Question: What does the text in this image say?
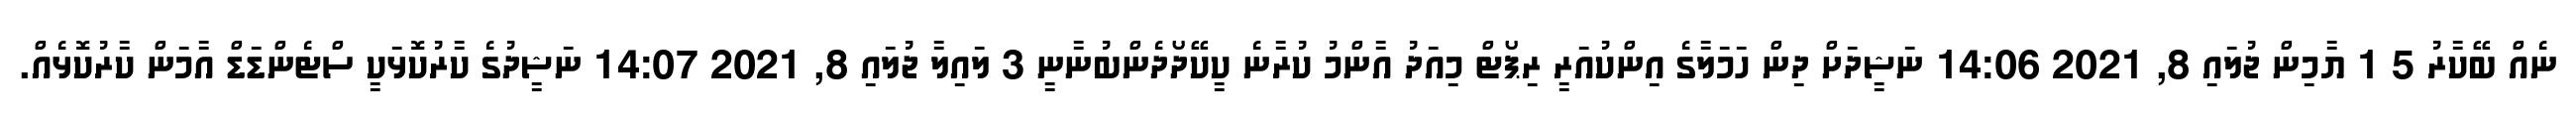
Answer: ނެއް ބޭކާރު 5 1 ޔާމިން ޖުލައި 8, 2021 14:06 ނަޝީދަށް ދިން ހަމަލާގެ އިންކުއަރީ ރިޕޯޓް މިއަދު އާންމު ކުރާނެ ކީކޭދޯދެންބުނާނީ 3 ލައިލާ ޖުލައި 8, 2021 14:07 ނަޝީދުގެ ކާރުކޮޅަކީ ސްޓެންޑަޑް އާމަން ކާރުކޮޅެއް.